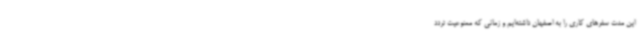
این مدت سفرهای کاری را به اصفهان داشته‌ایم و زمانی که ممنوعیت تردد